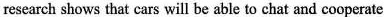
research shows that cars will be able to chat and cooperate